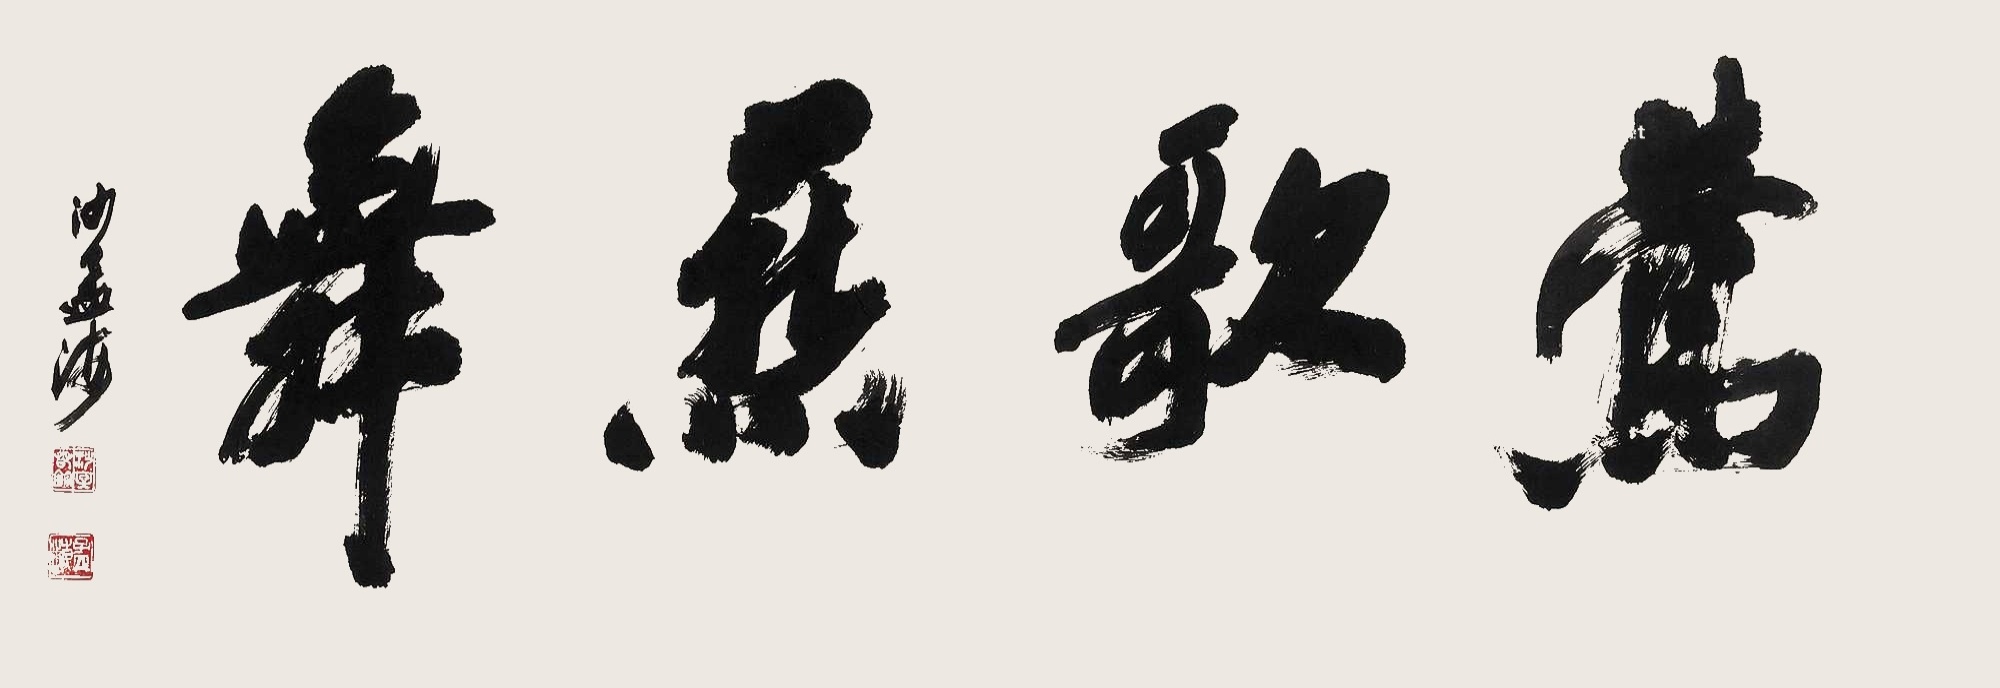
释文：莺歌燕舞。沙孟海。